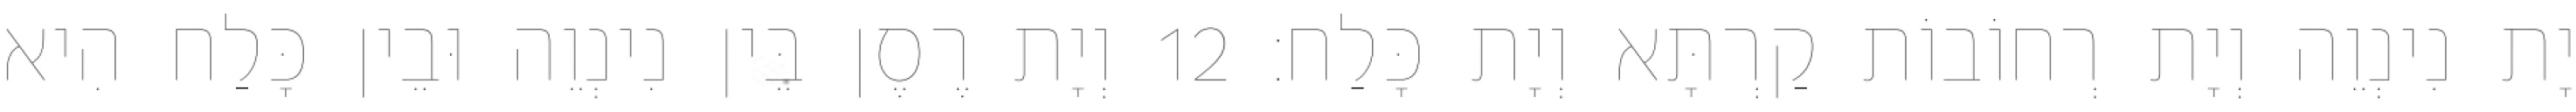
יָת נִינְוֵה וְיָת רְחוֹבוֹת קַרְתָּא וְיָת כָּלַח׃ 12 וְיָת רֶסֶן בֵּין נִינְוֵה וּבֵין כָּלַח הִיא